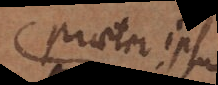
praeter ipsum